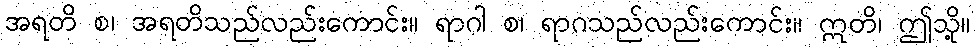
အရတိ စ၊ အရတိသည်လည်းကောင်း။ ရာဂါ စ၊ ရာဂသည်လည်းကောင်း။ ဣတိ၊ ဤသို့။